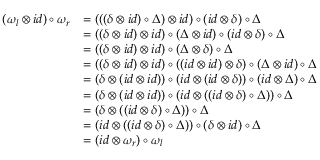
\begin{array} { r l } { ( \omega _ { l } \otimes i d ) \circ \omega _ { r } } & { = ( ( ( \delta \otimes i d ) \circ \Delta ) \otimes i d ) \circ ( i d \otimes \delta ) \circ \Delta } \\ & { = ( ( \delta \otimes i d ) \otimes i d ) \circ ( \Delta \otimes i d ) \circ ( i d \otimes \delta ) \circ \Delta } \\ & { = ( ( \delta \otimes i d ) \otimes i d ) \circ ( \Delta \otimes \delta ) \circ \Delta } \\ & { = ( ( \delta \otimes i d ) \otimes i d ) \circ ( ( i d \otimes i d ) \otimes \delta ) \circ ( \Delta \otimes i d ) \circ \Delta } \\ & { = ( \delta \otimes ( i d \otimes i d ) ) \circ ( i d \otimes ( i d \otimes \delta ) ) \circ ( i d \otimes \Delta ) \circ \Delta } \\ & { = ( \delta \otimes ( i d \otimes i d ) ) \circ ( i d \otimes ( ( i d \otimes \delta ) \circ \Delta ) ) \circ \Delta } \\ & { = ( \delta \otimes ( ( i d \otimes \delta ) \circ \Delta ) ) \circ \Delta } \\ & { = ( i d \otimes ( ( i d \otimes \delta ) \circ \Delta ) ) \circ ( \delta \otimes i d ) \circ \Delta } \\ & { = ( i d \otimes \omega _ { r } ) \circ \omega _ { l } } \end{array}